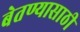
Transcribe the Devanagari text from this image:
बेतण्यासाठी